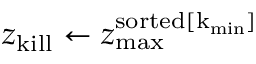
z _ { \mathrm { k i l l } } \leftarrow z _ { \mathrm { m a x } } ^ { \mathrm { s o r t e d [ k _ { \mathrm { m i n } } ] } }